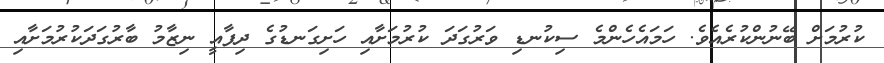
ކުރުމަށް ބޭނުންކުރެއެވެ. ހަމައެހެންމެ ސިކުނޑި ވަރުގަދަ ކުރުމަށާއި ހަށިގަނޑުގެ ދިފާއީ ނިޒާމު ބާރުގަދަކުރުމަށާއި